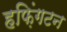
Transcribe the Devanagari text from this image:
हफ़िंगटन